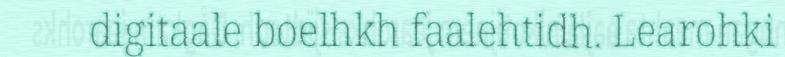
digitaale boelhkh faalehtidh. Learohki